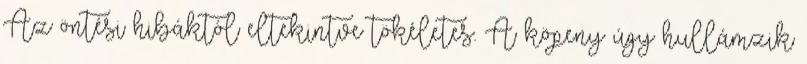
Az öntési hibáktól eltekintve tökéletes. A köpeny úgy hullámzik